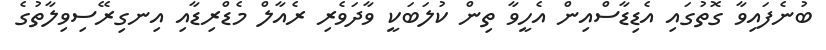
ބުނެފައިވާ ގޮތުގައި އެޑިޑާސްއިން އެހީވާ ތިން ކުލަބަކީ ވާދަވެރި ރެއާލް މެޑްރިޑާއި އިނގިރޭސިވިލާތުގެ